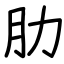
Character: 肋